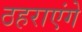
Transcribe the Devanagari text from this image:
ठहराएंगे